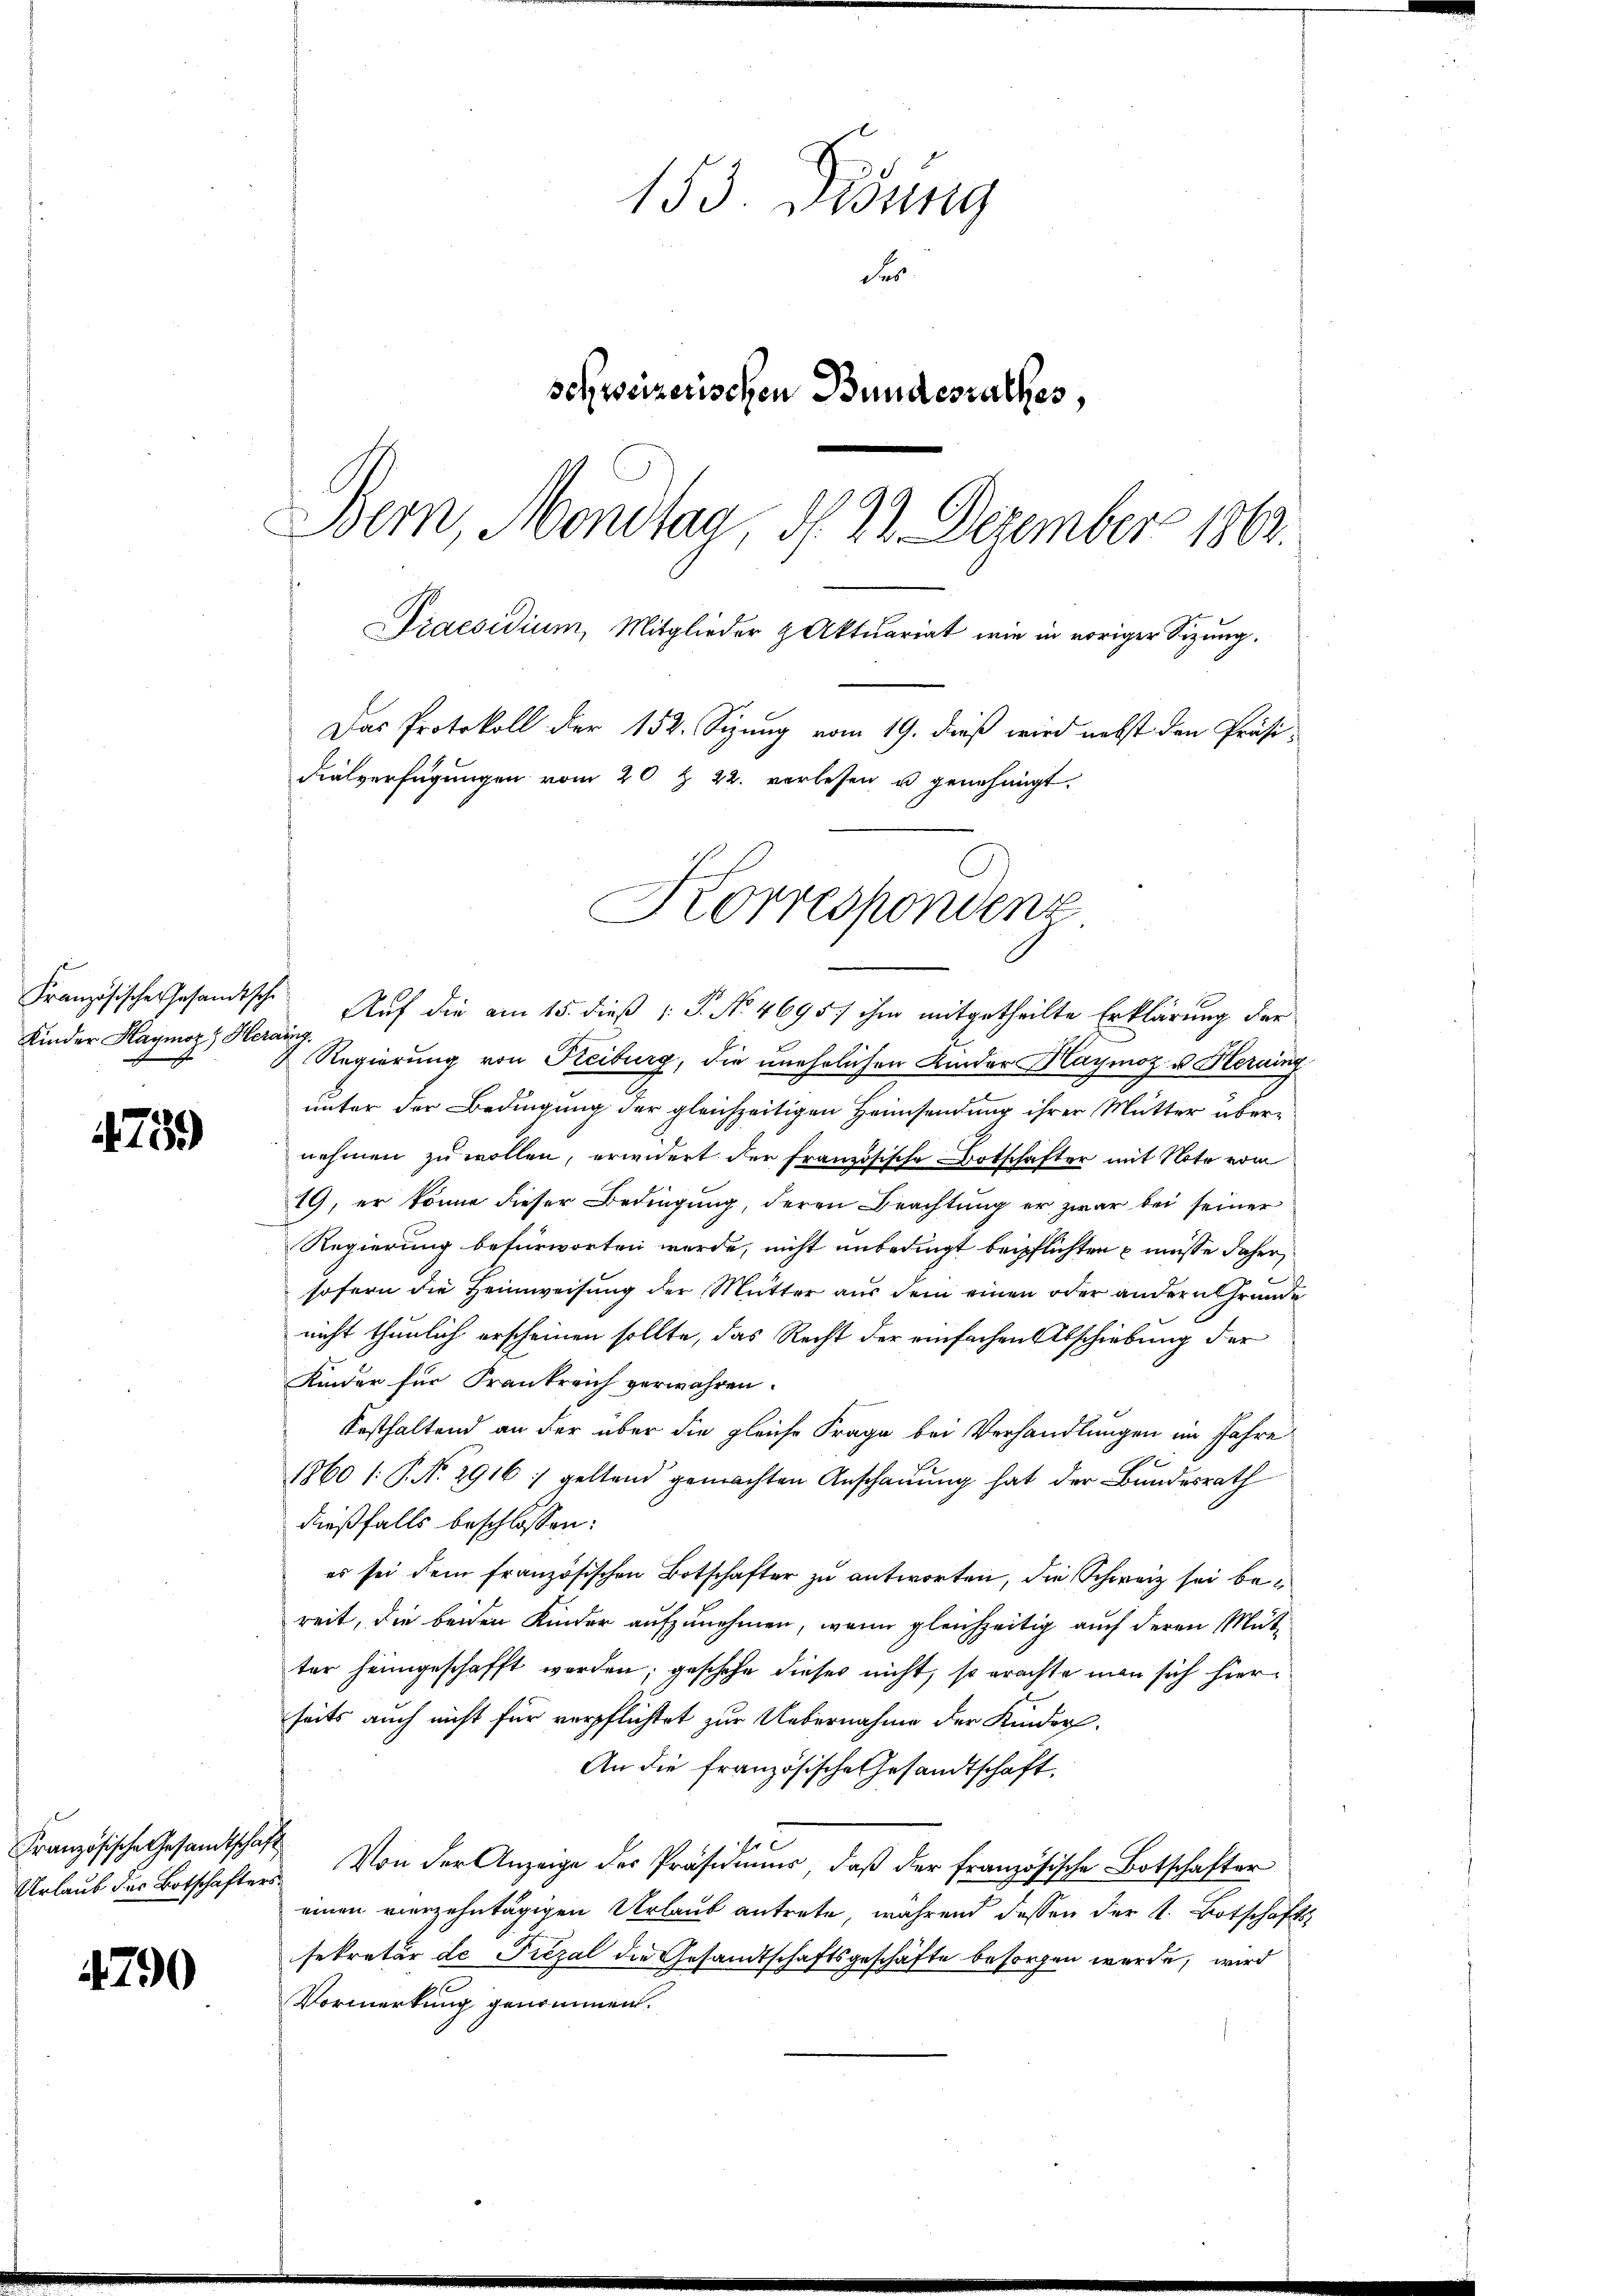
Kinder Haymoz) Herains

759

Französische Gesandtschaft

4790

153. Lesung
Fer
schweizerischen Bundesrathes,
Bern, Mondlag, d. 22. Dezember 1862.
Draesidium, Mitglieder & Aktuariat wie in voriger Sitzung.
Das Protokoll der 152. Sizung vom 19. dieß wird nebst den Präsi¬
Fialverfügungen vom 20 t 22. verlesen u genehmigt.

Korrespondenz

Französische Gesandtsche Auf die am 15. dieß (: P. No. 4695/ ihm mitgetheilte Erklärung der
 Regierung von Freiburg, die unehrlichen Kinder Haymoz u Heraing
unter der Bedingung der gleichzeitigen Heimsendung ihrer Mutter übernehmen zu wollen, erwidert der französische Botschafter mit Note vom
19, er könne dieser Bedingung, deren Beachtung er zwar bei seiner
Regierung befürworten werde, nicht unbedingt beipflichten u müsse daher,
7
sofern die Heimweisung der Mutter aus dem einen oder andern Grunde
nicht thunlich erscheinen sollte, das Recht der einfachen Abschiebung der
Kinder für Frankreich verwahren.
Festhaltend an der über die gleiche Frage bei Verhandlungen im Jahre
1860 /: P. Nr. 2916 ; geltend gemachten Anschauung hat der Bundesrath
dießfalls beschlossen:
es sei dem französischen Botschafter zu antworten, die Schweiz sei bereit, die beiden Kinder aufzunehmen, wenn gleichzeitig auch deren Mutter heimgeschafft werden; geschehe dieses nicht, so erachte man sich hierseits auch nicht für verpflichtet zur Uebernahme der Kinder.
An die französische Gesandtschaft.
r C
Urlaub des Botschafter Von der Anzeige des Präsidium, daß der französische Botschafter
einen vierzehntägigen Urlaub antrete, während dessen der A. Botschafts-
sekretär de Piezal die Gesandtschaftsgeschäfte besorgen werde, wird
Vormerkung genommen.